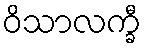
ဝိသာလက္ခီ